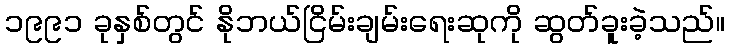
၁၉၉၁ ခုနှစ်တွင် နိုဘယ်ငြိမ်းချမ်းရေးဆုကို ဆွတ်ခူးခဲ့သည်။